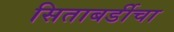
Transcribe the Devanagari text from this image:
सिताबर्डीचा